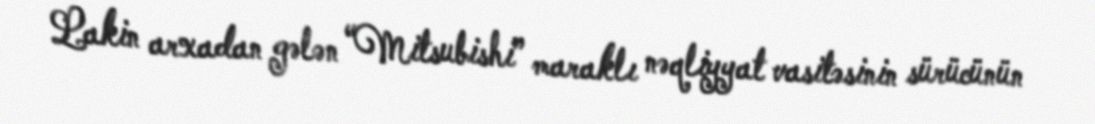
Lakin arxadan gələn “Mitsubishi” maraklı nəqliyyat vasitəsinin sürücünün